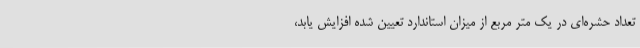
تعداد حشره‌ای در یک متر مربع از میزان استاندارد تعیین شده افزایش یابد،